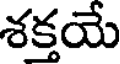
శక్తయే